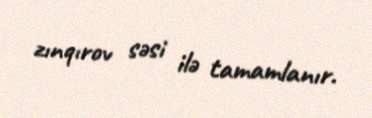
zınqırov səsi ilə tamamlanır.